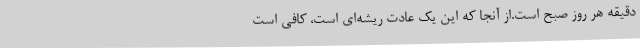
دقیقه هر روز صبح است.از آنجا که این یک عادت ریشه‌ای است، کافی است